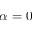
\alpha = 0